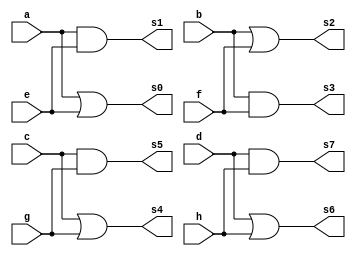
// ------------------------- 
// Exemplo0031 - F4 
// Nome: Oswaldo Oliveira Paulino
// ------------------------- 

// ------------------------- 
// f4_gate 
// ------------------------- 

module f4 (output  s0, output s1, output s2, output s3, output s4, output s5, output s6,
			  output s7, input  a, input  e, input b, input f, input c, input g, input d,
			  input h); 
			  
	or AE0 (s0, a, e);
	and AE1 (s1, a, e);

	or BF0 (s2, b, f);
	and BF1 (s3, b, f);

	or CG0 (s4, c, g);
	and CG1 (s5, c, g);

	or DH0 (s6, d, h);
	and DH1 (s7, d, h);
	
endmodule // f4 

module test_f4; 
// ------------------------- definir dados 
	reg a, e, b, f, c, g, d, h; 
	wire s0, s1, s2, s3, s4, s5, s6, s7; 
	
	f4 modulo (s0, s1, s2, s3, s4, s5, s6, s7, a, e, b, f, c, g, d, h); 
	
// ------------------------- parte principal 
initial begin 
	$display("Exemplo0031 - Oswaldo Oliveira Paulino - 382175"); 
	$display("Test LU's module"); 

	a = 4'b0011; e = 4'b0101;
	b = 4'b1001; f = 4'b0111;
	c = 4'b0001; g = 4'b0110;
	d = 4'b1000; h = 4'b0011; 

// projetar testes do modulo 
	#1 $display("%3b || %3b = %3b", a, e, s0);
	#1 $display("%3b & %3b = %3b", a, e, s1);
	#1 $display("%3b || %3b = %3b", b, f, s2);
	#1 $display("%3b & %3b = %3b", b, f, s3);
	#1 $display("%3b || %3b = %3b", c, g, s4);
	#1 $display("%3b & %3b = %3b", c, g, s5);
	#1 $display("%3b || %3b = %3b", d, h, s6);
	#1 $display("%3b & %3b = %3b", d, h, s7);

end 

endmodule // test_f4 

// -------------------------- Documentacao complementar
/*
    Exemplo0031 - Oswaldo Oliveira Paulino - 382175
    Test LU's module
      1 ||   1 =   1
      1 &   1 =   1
      1 ||   1 =   1
      1 &   1 =   1
      1 ||   0 =   1
      1 &   0 =   0
      0 ||   1 =   1
      0 &   1 =   0
*/